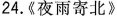
24.《夜雨寄北》